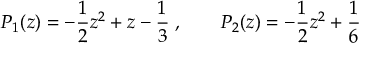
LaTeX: P _ { 1 } ( z ) = - \frac { 1 } { 2 } z ^ { 2 } + z - \frac { 1 } { 3 } \; , \qquad P _ { 2 } ( z ) = - \frac { 1 } { 2 } z ^ { 2 } + \frac { 1 } { 6 }